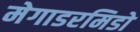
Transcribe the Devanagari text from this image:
मेगाडरमिडो